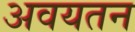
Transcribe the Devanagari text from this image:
अवयतन